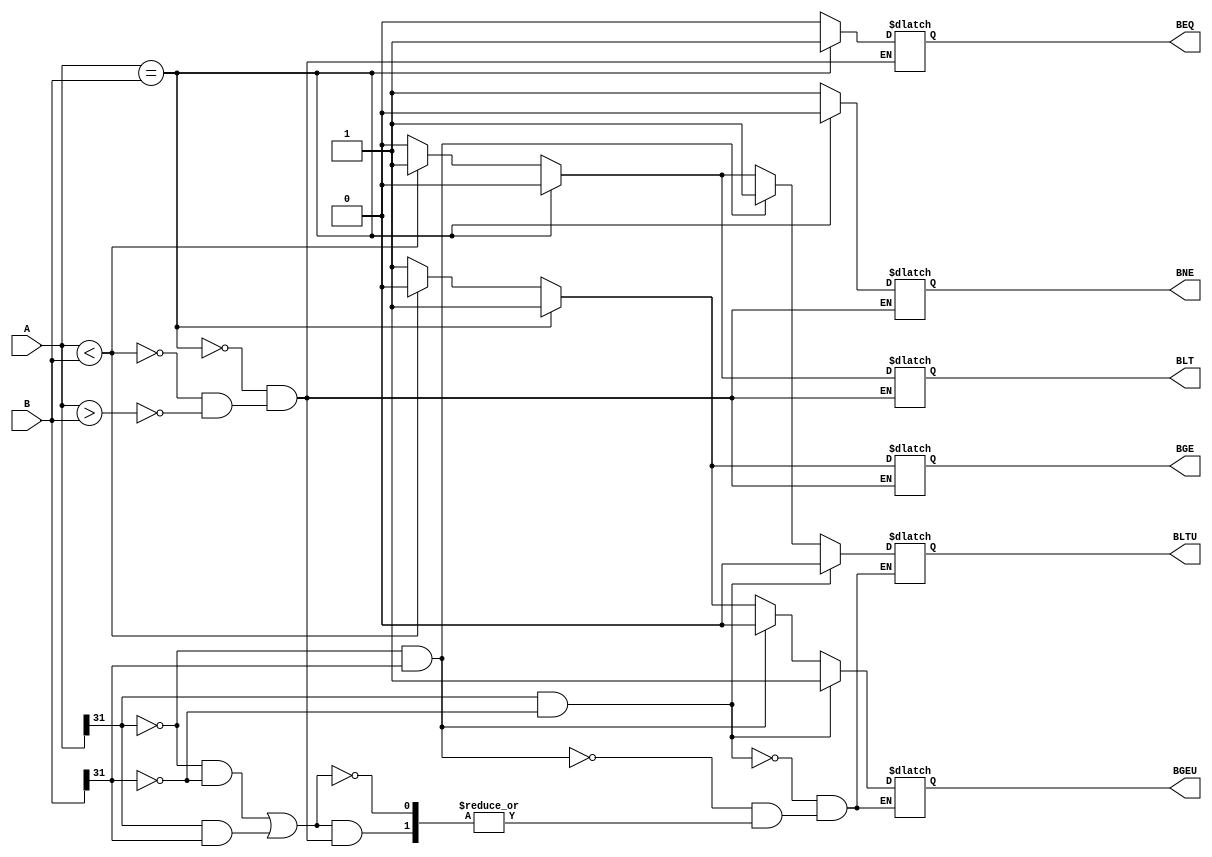
`timescale 1ns / 1ps

module comparator(
    input [31:0] A,
    input [31:0] B,
    output reg BEQ,BNE,BLT,BGE,BLTU,BGEU
    );
       
always @(*) begin
    if(A == B) begin
         BEQ <= 1'b1;
         BNE <= 1'b0;
         BLT <= 1'b0;
         BGE <= 1'b1;
    end else if (A < B) begin
         BEQ <= 1'b0;
         BNE <= 1'b1;
         BLT <= 1'b1;
         BGE <= 1'b0;  
    end else if (A > B) begin
         BEQ <= 1'b0;
         BNE <= 1'b1;
         BLT <= 1'b0;
         BGE <= 1'b1;
    end
    //UNSIGNED N
    if (A[31]==1'b1 & B[31]==1'b0) begin
         BLTU <= 1'b0;
         BGEU <= 1'b1;    
    end else if (A[31]==1'b0 & B[31]==1'b1) begin
         BLTU <= 1'b1;
         BGEU <= 1'b0;
    end else if ((A[31]==1'b0 & B[31]==1'b0)|(A[31]==1'b1 & B[31]==1'b1)) begin
        if(A == B) begin
             BLTU <= 1'b0;
             BGEU <= 1'b1;
        end else if (A < B) begin
             BLTU <= 1'b1;
             BGEU <= 1'b0;  
        end else if (A > B) begin
             BLTU <= 1'b0;
             BGEU <= 1'b1;
        end    
    end 
end

endmodule